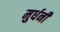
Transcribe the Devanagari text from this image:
मुर्धनी